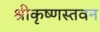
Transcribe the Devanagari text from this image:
श्रीकृष्णस्तवन